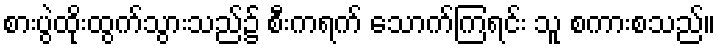
စားပွဲထိုးထွက်သွားသည်၌ စီးကရက် သောက်ကြရင်း သူ စကားစသည်။